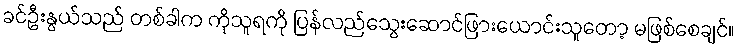
ခင်ဦးနွယ်သည် တစ်ခါက ကိုသူရကို ပြန်လည်သွေးဆောင်ဖြားယောင်းသူတော့ မဖြစ်စေချင်။